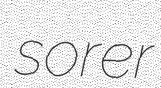
sorer